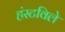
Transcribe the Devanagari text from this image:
हंस्टविले